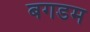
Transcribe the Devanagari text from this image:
बगडम